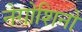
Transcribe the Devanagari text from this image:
नेगोशिनो